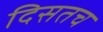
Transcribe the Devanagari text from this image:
दिसतच